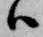
ハ